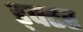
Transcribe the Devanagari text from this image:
ड्क्टर